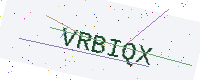
Text: VRBIQX